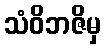
သံဝိဘဇိမှ